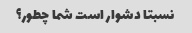
نسبتا دشوار است شما چطور؟